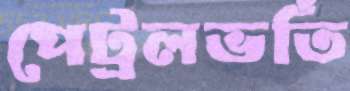
পেট্রলভর্তি